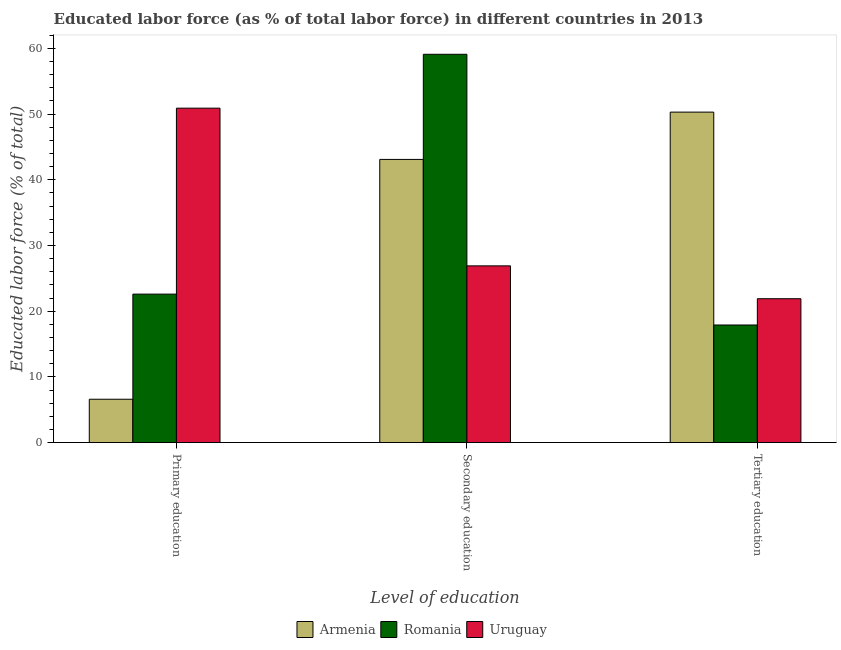
| Level of education | Armenia | Romania | Uruguay |
 | --- | --- | --- | --- |
 | Primary education | 6.6 | 22.6 | 50.9 |
 | Secondary education | 43.1 | 59.1 | 26.9 |
 | Tertiary education | 50.3 | 17.9 | 21.9 |